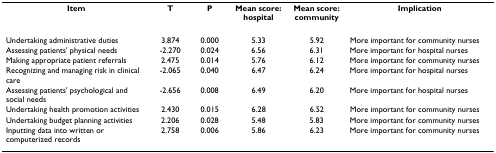
| Item | T | P | Mean score: hospital | Mean score: community | Implication |
 | --- | --- | --- | --- | --- | --- |
 | Undertaking administrative duties | 3.874 | 0.000 | 5.33 | 5.92 | More important for community nurses |
 | Assessing patients' physical needs | -2.270 | 0.024 | 6.56 | 6.31 | More important for hospital nurses |
 | Making appropriate patient referrals | 2.475 | 0.014 | 5.76 | 6.12 | More important for community nurses |
 | Recognizing and managing risk in clinical care | -2.065 | 0.040 | 6.47 | 6.24 | More important for hospital nurses |
 | Assessing patients' psychological and social needs | -2.656 | 0.008 | 6.49 | 6.20 | More important for hospital nurses |
 | Undertaking health promotion activities | 2.430 | 0.015 | 6.28 | 6.52 | More important for community nurses |
 | Undertaking budget planning activities | 2.206 | 0.028 | 5.48 | 5.83 | More important for community nurses |
 | Inputting data into written or computerized records | 2.758 | 0.006 | 5.86 | 6.23 | More important for community nurses |